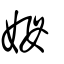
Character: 姆